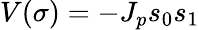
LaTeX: V(\sigma)=-J_{p}s_{0}s_{1}